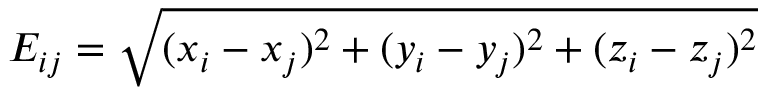
E _ { i j } = \sqrt { ( x _ { i } - x _ { j } ) ^ { 2 } + ( y _ { i } - y _ { j } ) ^ { 2 } + ( z _ { i } - z _ { j } ) ^ { 2 } }